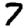
Digit: 7